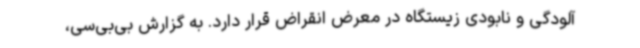
آلودگی و نابودی زیستگاه در معرض انقراض قرار دارد. به گزارش بی‌بی‌سی،